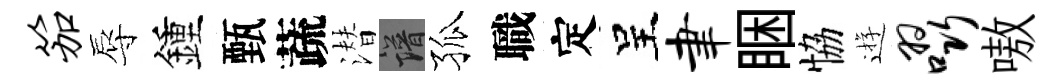
笳辱鍾甄蔬潜譜孤職定呈聿睏恊逰啜嗷